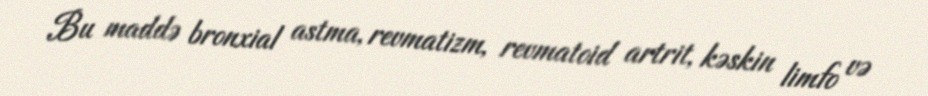
Bu maddə bronxial astma, revmatizm, revmatoid artrit, kəskin limfo və